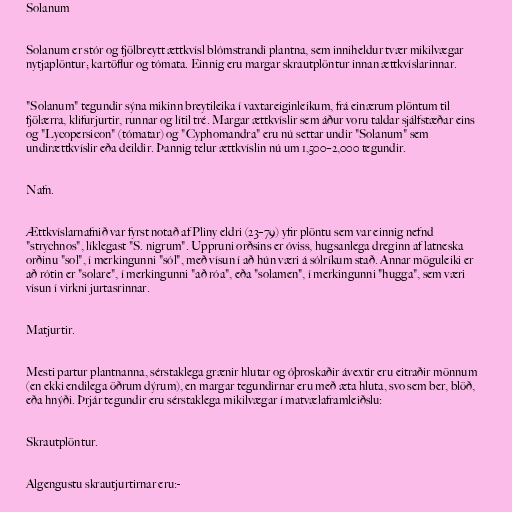
Solanum

Solanum er stór og fjölbreytt ættkvísl blómstrandi plantna, sem inniheldur tvær mikilvægar
nytjaplöntur; kartöflur og tómata. Einnig eru margar skrautplöntur innan ættkvíslarinnar.

"Solanum" tegundir sýna mikinn breytileika í vaxtareiginleikum, frá einærum plöntum til
fjölærra, klifurjurtir, runnar og lítil tré. Margar ættkvíslir sem áður voru taldar sjálfstæðar eins
og "Lycopersicon" (tómatar) og "Cyphomandra" eru nú settar undir "Solanum" sem
undirættkvíslir eða deildir. Þannig telur ættkvíslin nú um 1,500–2,000 tegundir.

Nafn.

Ættkvíslarnafnið var fyrst notað af Pliny eldri (23–79) yfir plöntu sem var einnig nefnd
"strychnos", líklegast "S. nigrum". Uppruni orðsins er óviss, hugsanlega dreginn af latneska
orðinu "sol", í merkingunni "sól", með vísun í að hún væri á sólríkum stað. Annar möguleiki er
að rótin er "solare", í merkingunni "að róa", eða "solamen", í merkingunni "hugga", sem væri
vísun í virkni jurtasrinnar.

Matjurtir.

Mesti partur plantnanna, sérstaklega grænir hlutar og óþroskaðir ávextir eru eitraðir mönnum
(en ekki endilega öðrum dýrum), en margar tegundirnar eru með æta hluta, svo sem ber, blöð,
eða hnýði. Þrjár tegundir eru sérstaklega mikilvægar í matvælaframleiðslu:

Skrautplöntur.

Algengustu skrautjurtirnar eru:-